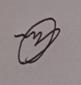
Signature authenticity: genuine